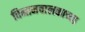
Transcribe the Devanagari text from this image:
विमानचालकाच्या